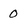
Character: 0